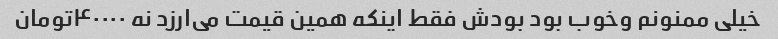
خیلی ممنونم وخوب بود بودش فقط اینکه همین قیمت می‌ارزد نه ۴۰۰۰۰تومان